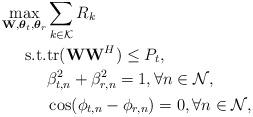
LaTeX: \begin{align*} \max_{\mathbf{W}, \boldsymbol{\theta}_t, \boldsymbol{\theta}_r} & \sum_{k \in \mathcal{K}} R_k \\ \mathrm{s.t.} & \mathrm{tr}(\mathbf{W} \mathbf{W}^H) \le P_t, \\ & \beta_{t,n}^2 + \beta_{r,n}^2 = 1, \forall n \in \mathcal{N}, \\ & \cos(\phi_{t,n} - \phi_{r,n}) = 0, \forall n \in \mathcal{N}, \end{align*}